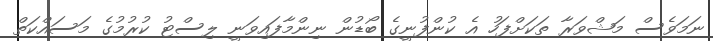
ނަމަވެސް މަޝްވަރާ ތަކަށްފަހު އެ ކުންފުނީގެ ބޯޑުން ނިންމާފައިވަނީ ލިސްޓު ކުރުމުގެ މަސައްކަތް